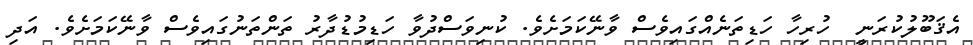
އެޤަބޫލުކުރަނީ  ހުރިހާ ހަޑިތަނެއްގައިވެސް ވާނޭކަމަށެވެ. ކުނިވަސްދުވާ ހަޑިމުޑުދާރު ތަންތަނުގައިވެސް ވާނޭކަމަށެވެ. އަދި